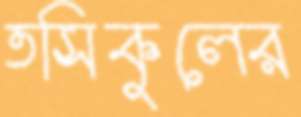
তসিকুলের